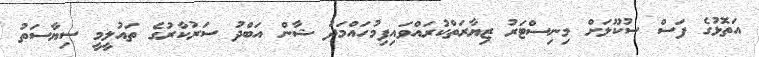
އަތޮޅުގެ ފަސް ސުކޫލަށް މިނިސްޓަރު ޒިޔާރަތްކުރައްވައިފިމުހައްމަދު ޝާން އަބްދު ސަރުކާރުގެ ތައުލީމީ ސިޔާސަތު